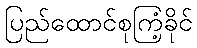
ပြည်ထောင်စုကြံ့ခိုင်